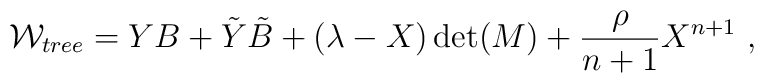
{\cal W}_{tree} = YB+{\tilde Y}{\tilde B}+(\lambda-X)\det(M) + {\rho \over {n+1}}X^{n+1}~,